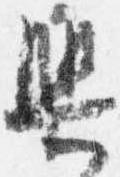
興